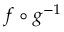
f \circ g ^ { - 1 }